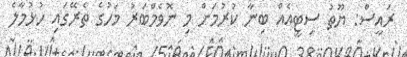
ރައީސް: ޔޫތު ސިޓީއެއް ބިނާ ކުރުމަށް މި ނޮވެމްބަރު މަހުގެ ތެރޭގައި ހުޅުމާލެ